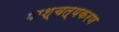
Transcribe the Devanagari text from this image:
पाश्चत्यकरण